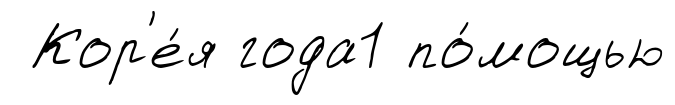
Кор'е́я года1 по́мощью